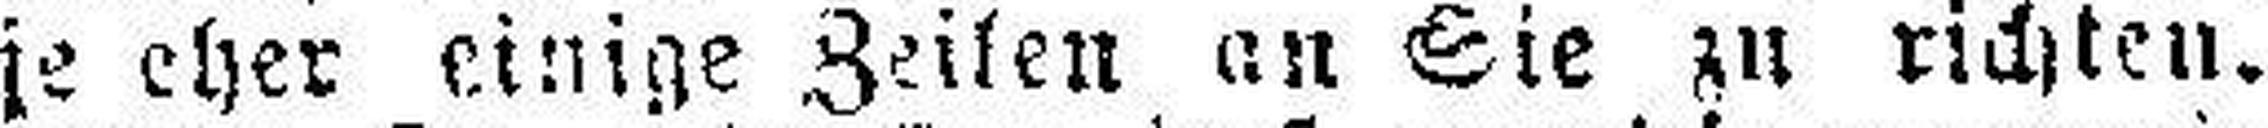
je eher einige Zeilen an Sie zu richten.